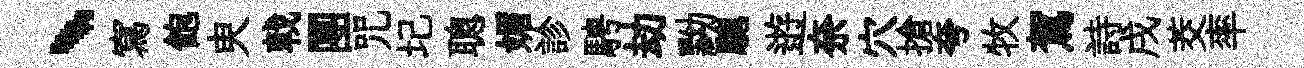
、寫飽㬰戟團咒圮聰媚診騁劫黝驄逰奈穴搶夸牧駕詩戌茭率